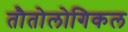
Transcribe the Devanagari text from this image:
तौतोलोगिकल